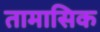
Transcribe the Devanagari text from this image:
तामासिक